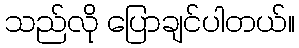
သည်လို ပြောချင်ပါတယ်။